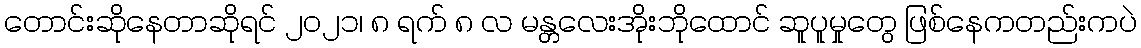
တောင်းဆိုနေတာဆိုရင် ၂၀၂၁၊ ၈ ရက် ၈ လ မန္တလေးအိုးဘိုထောင် ဆူပူမှုတွေ ဖြစ်နေကတည်းကပဲ